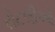
રોટલીઓ